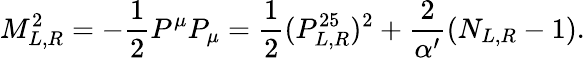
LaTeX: M_{L,R}^{2}=-\frac{1}{2}P^{\mu}P_{\mu}=\frac{1}{2}(P_{L,R}^{25})^{2}+\frac{2}{\alpha^{\prime}}(N_{L,R}-1).